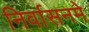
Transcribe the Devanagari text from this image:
निर्वासनमे